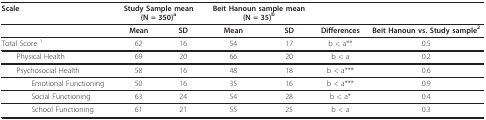
| Scale | <COLSPAN=2> Study Sample mean (N = 350)a | <COLSPAN=2> Beit Hanoun sample mean (N = 35)b |  |  |
 | --- | --- | --- | --- | --- | --- | --- |
 |  | Mean | SD | Mean | SD | Differences | Beit Hanoun vs. Study sample2 |
 | Total Score 1 | 62 | 16 | 54 | 17 | b < a** | 0.5 |
 | Physical Health | 69 | 20 | 66 | 20 | b < a | 0.2 |
 | Psychosocial Health | 58 | 16 | 48 | 18 | b < a*** | 0.6 |
 | Emotional Functioning | 50 | 16 | 35 | 16 | b < a*** | 0.9 |
 | Social Functioning | 63 | 24 | 54 | 28 | b < a* | 0.4 |
 | School Functioning | 61 | 21 | 55 | 25 | b < a | 0.3 |